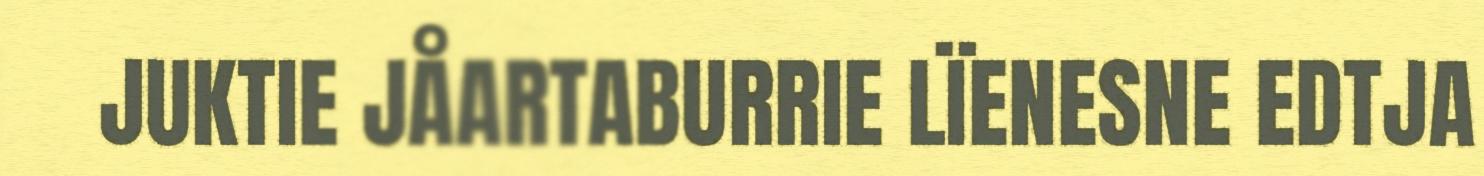
JUKTIE JÅARTABURRIE LÏENESNE EDTJA